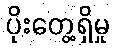
ပိုးတွေ့ရှိမှု